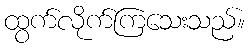
ထွက်လိုက်ကြသေးသည်။